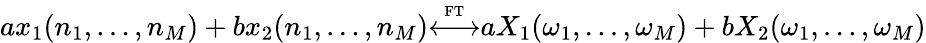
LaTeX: ax_{1}(n_{1},\ldots,n_{M})+bx_{2}(n_{1},\ldots,n_{M}){\overset{\underset{\mathrm{FT}}{}}{\longleftrightarrow}}aX_{1}(\omega_{1},\ldots,\omega_{M})+bX_{2}(\omega_{1},\ldots,\omega_{M})